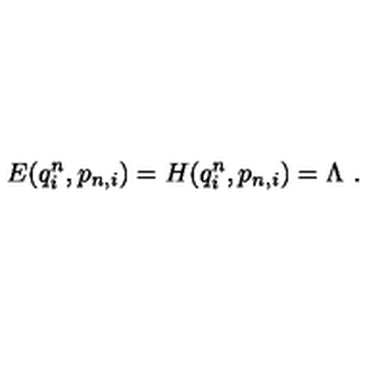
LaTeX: E ( q _ { i } ^ { n } , p _ { n , i } ) = H ( q _ { i } ^ { n } , p _ { n , i } ) = \Lambda \ .